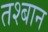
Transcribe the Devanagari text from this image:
तश्बान